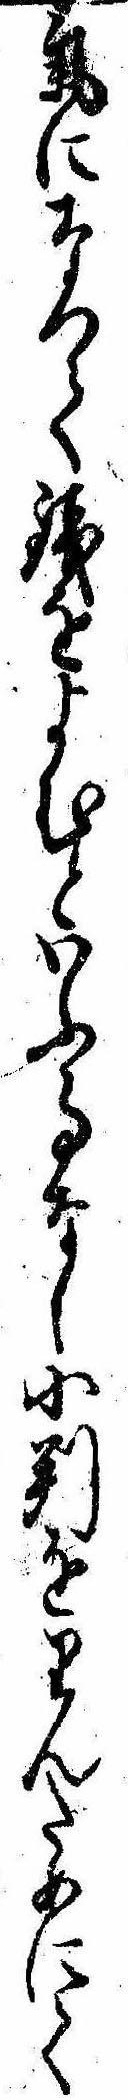
気になつて銭をよむといふ事なし小判をりんだめにて